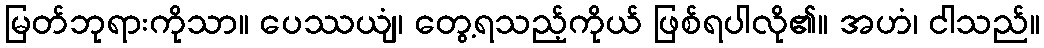
မြတ်ဘုရားကိုသာ။ ပေဿယျံ၊ တွေ့ရသည့်ကိုယ် ဖြစ်ရပါလို၏။ အဟံ၊ ငါသည်။